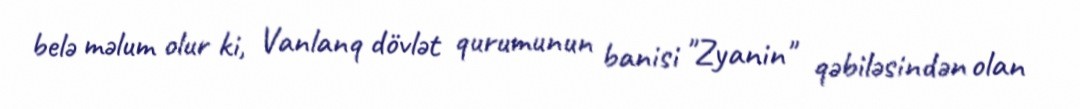
belə məlum olur ki, Vanlanq dövlət qurumunun banisi "Zyanin" qəbiləsindən olan